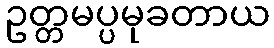
ဥတ္တမပ္ပမုခတာယ